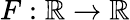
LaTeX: F:\mathbb{R}\to\mathbb{R}